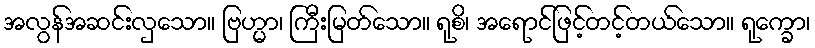
အလွန်အဆင်းလှသော။ ဗြဟ္မာ၊ ကြီးမြတ်သော။ ရုစိ၊ အရောင်ဖြင့်တင့်တယ်သော။ ရုက္ခော၊